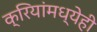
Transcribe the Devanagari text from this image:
क्रियांमध्येही